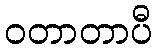
ဝတာတာပီ